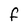
Character: F